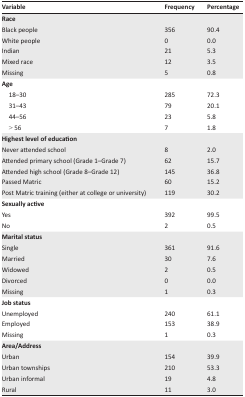
| Variable | Frequency | Percentage |
 | --- | --- | --- |
 | <COLSPAN=3> Race |
 | Black people | 356 | 90.4 |
 | White people | 0 | 0.0 |
 | Indian | 21 | 5.3 |
 | Mixed race | 12 | 3.5 |
 | Missing | 5 | 0.8 |
 | <COLSPAN=3> Age |
 | 18–30 | 285 | 72.3 |
 | 31–43 | 79 | 20.1 |
 | 44–56 | 23 | 5.8 |
 | > 56 | 7 | 1.8 |
 | <COLSPAN=3> Highest level of education |
 | Never attended school | 8 | 2.0 |
 | Attended primary school (Grade 1–Grade 7) | 62 | 15.7 |
 | Attended high school (Grade 8–Grade 12) | 145 | 36.8 |
 | Passed Matric | 60 | 15.2 |
 | Post Matric training (either at college or university) | 119 | 30.2 |
 | <COLSPAN=3> Sexually active |
 | Yes | 392 | 99.5 |
 | No | 2 | 0.5 |
 | <COLSPAN=3> Marital status |
 | Single | 361 | 91.6 |
 | Married | 30 | 7.6 |
 | Widowed | 2 | 0.5 |
 | Divorced | 0 | 0.0 |
 | Missing | 1 | 0.3 |
 | <COLSPAN=3> Job status |
 | Unemployed | 240 | 61.1 |
 | Employed | 153 | 38.9 |
 | Missing | 1 | 0.3 |
 | <COLSPAN=3> Area/Address |
 | Urban | 154 | 39.9 |
 | Urban townships | 210 | 53.3 |
 | Urban informal | 19 | 4.8 |
 | Rural | 11 | 3.0 |